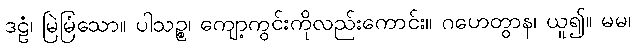
ဒဠံ၊ မြဲမြံသော။ ပါသဉ္စ၊ ကျော့ကွင်းကိုလည်းကောင်း။ ဂဟေတွာန၊ ယူ၍။ မမ၊